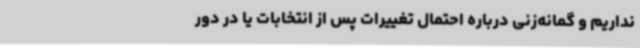
نداریم و گمانه‌زنی درباره احتمال تغییرات پس از انتخابات یا در دور